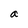
Character: a